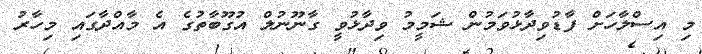
މި އިސްލާހަށް ފާޑުވިދާޅުވަމުން ޝަމީމު ވިދާޅުވީ ގާނޫނުލް އުގޫބާތުގެ އެ މާއްދާގައި މިހާރު